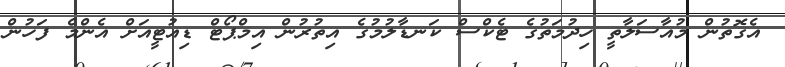
އެގޮތުން މުއާސަލާތީ ހިދުމަތުގެ ޓެކްސް ކަނޑާލުމުގެ އިތުރުން އިމްޕޯޓް ޑިއުޓީއަށް އެންމެ ފަހުން